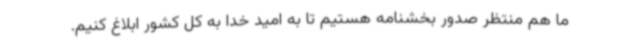
ما هم منتظر صدور بخشنامه هستیم تا به امید خدا به کل کشور ابلاغ کنیم.